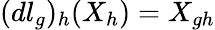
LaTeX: (dl_{g})_{h}(X_{h})=X_{gh}